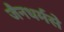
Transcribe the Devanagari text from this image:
जैनधर्मसे